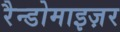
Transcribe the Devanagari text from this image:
रैन्डोमाइज़र